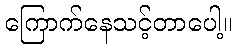
ကြောက်နေသင့်တာပေါ့။